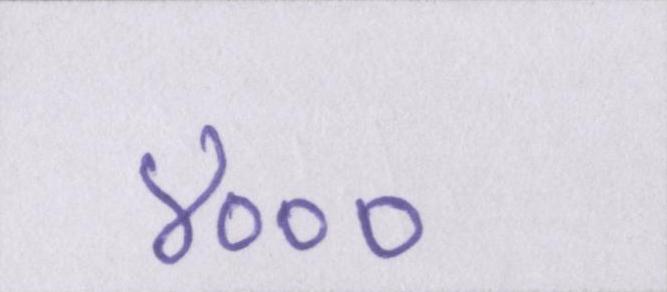
४०००